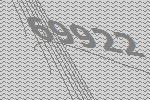
69922